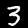
Label: 3